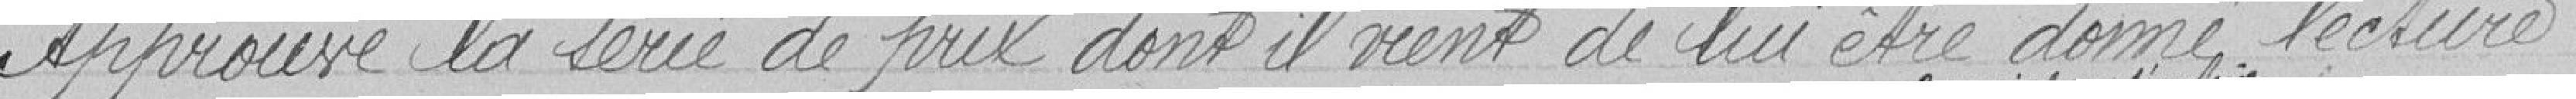
Approuve la série de prix dont il vient de lui être donné lecture.